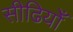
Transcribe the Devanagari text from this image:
सीढियोँ